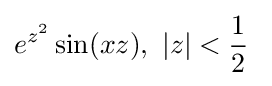
e^{z^{2}}\sin(xz),\ |z|<{\frac {1}{2}}\